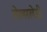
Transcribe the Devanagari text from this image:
सेल्सलेडी